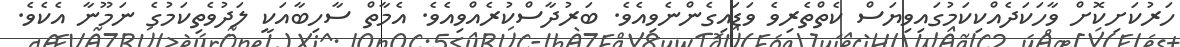
ހަރުކަށިކޮށް ވާހަކަދެއްކިކަމުގައިވިޔަސް ކެތްތެރިވެ ވަޑައިގެންނެވިއެވެ. ބަރުދާސްކުރެއްވިއެވެ. އެމާތް ސާހިބާއަކީ ލަދުވެތިކަމުގެ ނަމޫނާ އެކެވެ.